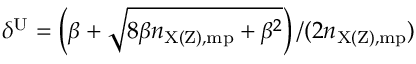
\delta ^ { \mathrm { U } } = \left( \beta + \sqrt { 8 \beta n _ { \mathrm { X ( Z ) , m p } } + \beta ^ { 2 } } \right) / ( 2 n _ { \mathrm { X ( Z ) , m p } } )